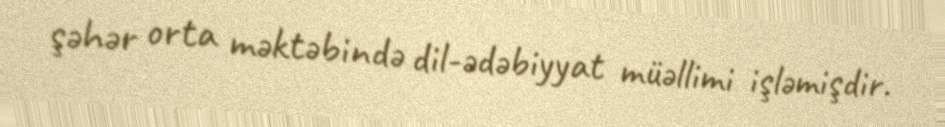
şəhər orta məktəbində dil-ədəbiyyat müəllimi işləmişdir.